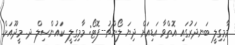
މާމިގިލީ ބަނދަރުގައި އޮތްވާ އަޑިއަށް ދިޔަ ލޯންޗު--ފޮޓޯ: މާމިގިލީ ކައުންސިލް ދ. މީދޫއަށް